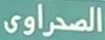
الصحراوى